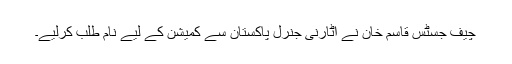
چیف جسٹس قاسم خان نے اٹارنی جنرل پاکستان سے کمیشن کے لیے نام طلب کرلیے۔